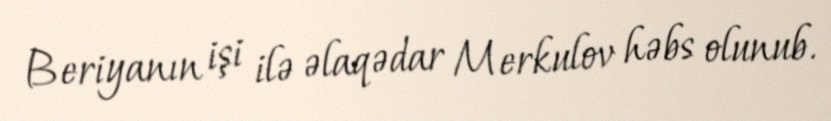
Beriyanın işi ilə əlaqədar Merkulov həbs olunub.